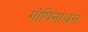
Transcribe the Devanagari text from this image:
गोपिनाथन